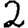
Digit: 2